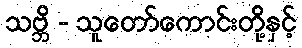
သဗ္ဘိ - သူတော်ကောင်းတို့နှင့်